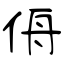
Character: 侜